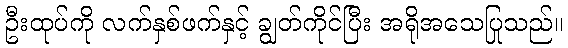
ဦးထုပ်ကို လက်နှစ်ဖက်နှင့် ချွတ်ကိုင်ပြီး အရိုအသေပြုသည်။